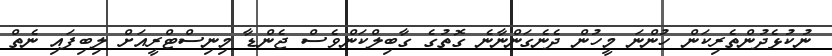
ނުކުޅެދުންތެރިކަން ހުންނަ މީހުން ދެނެގަންނާނެ ގޮތުގެ ގާބިލްކަންވެސް ޖެންޑާ މިނިސްޓްރީއަށް ލިބިފައި ނެތް